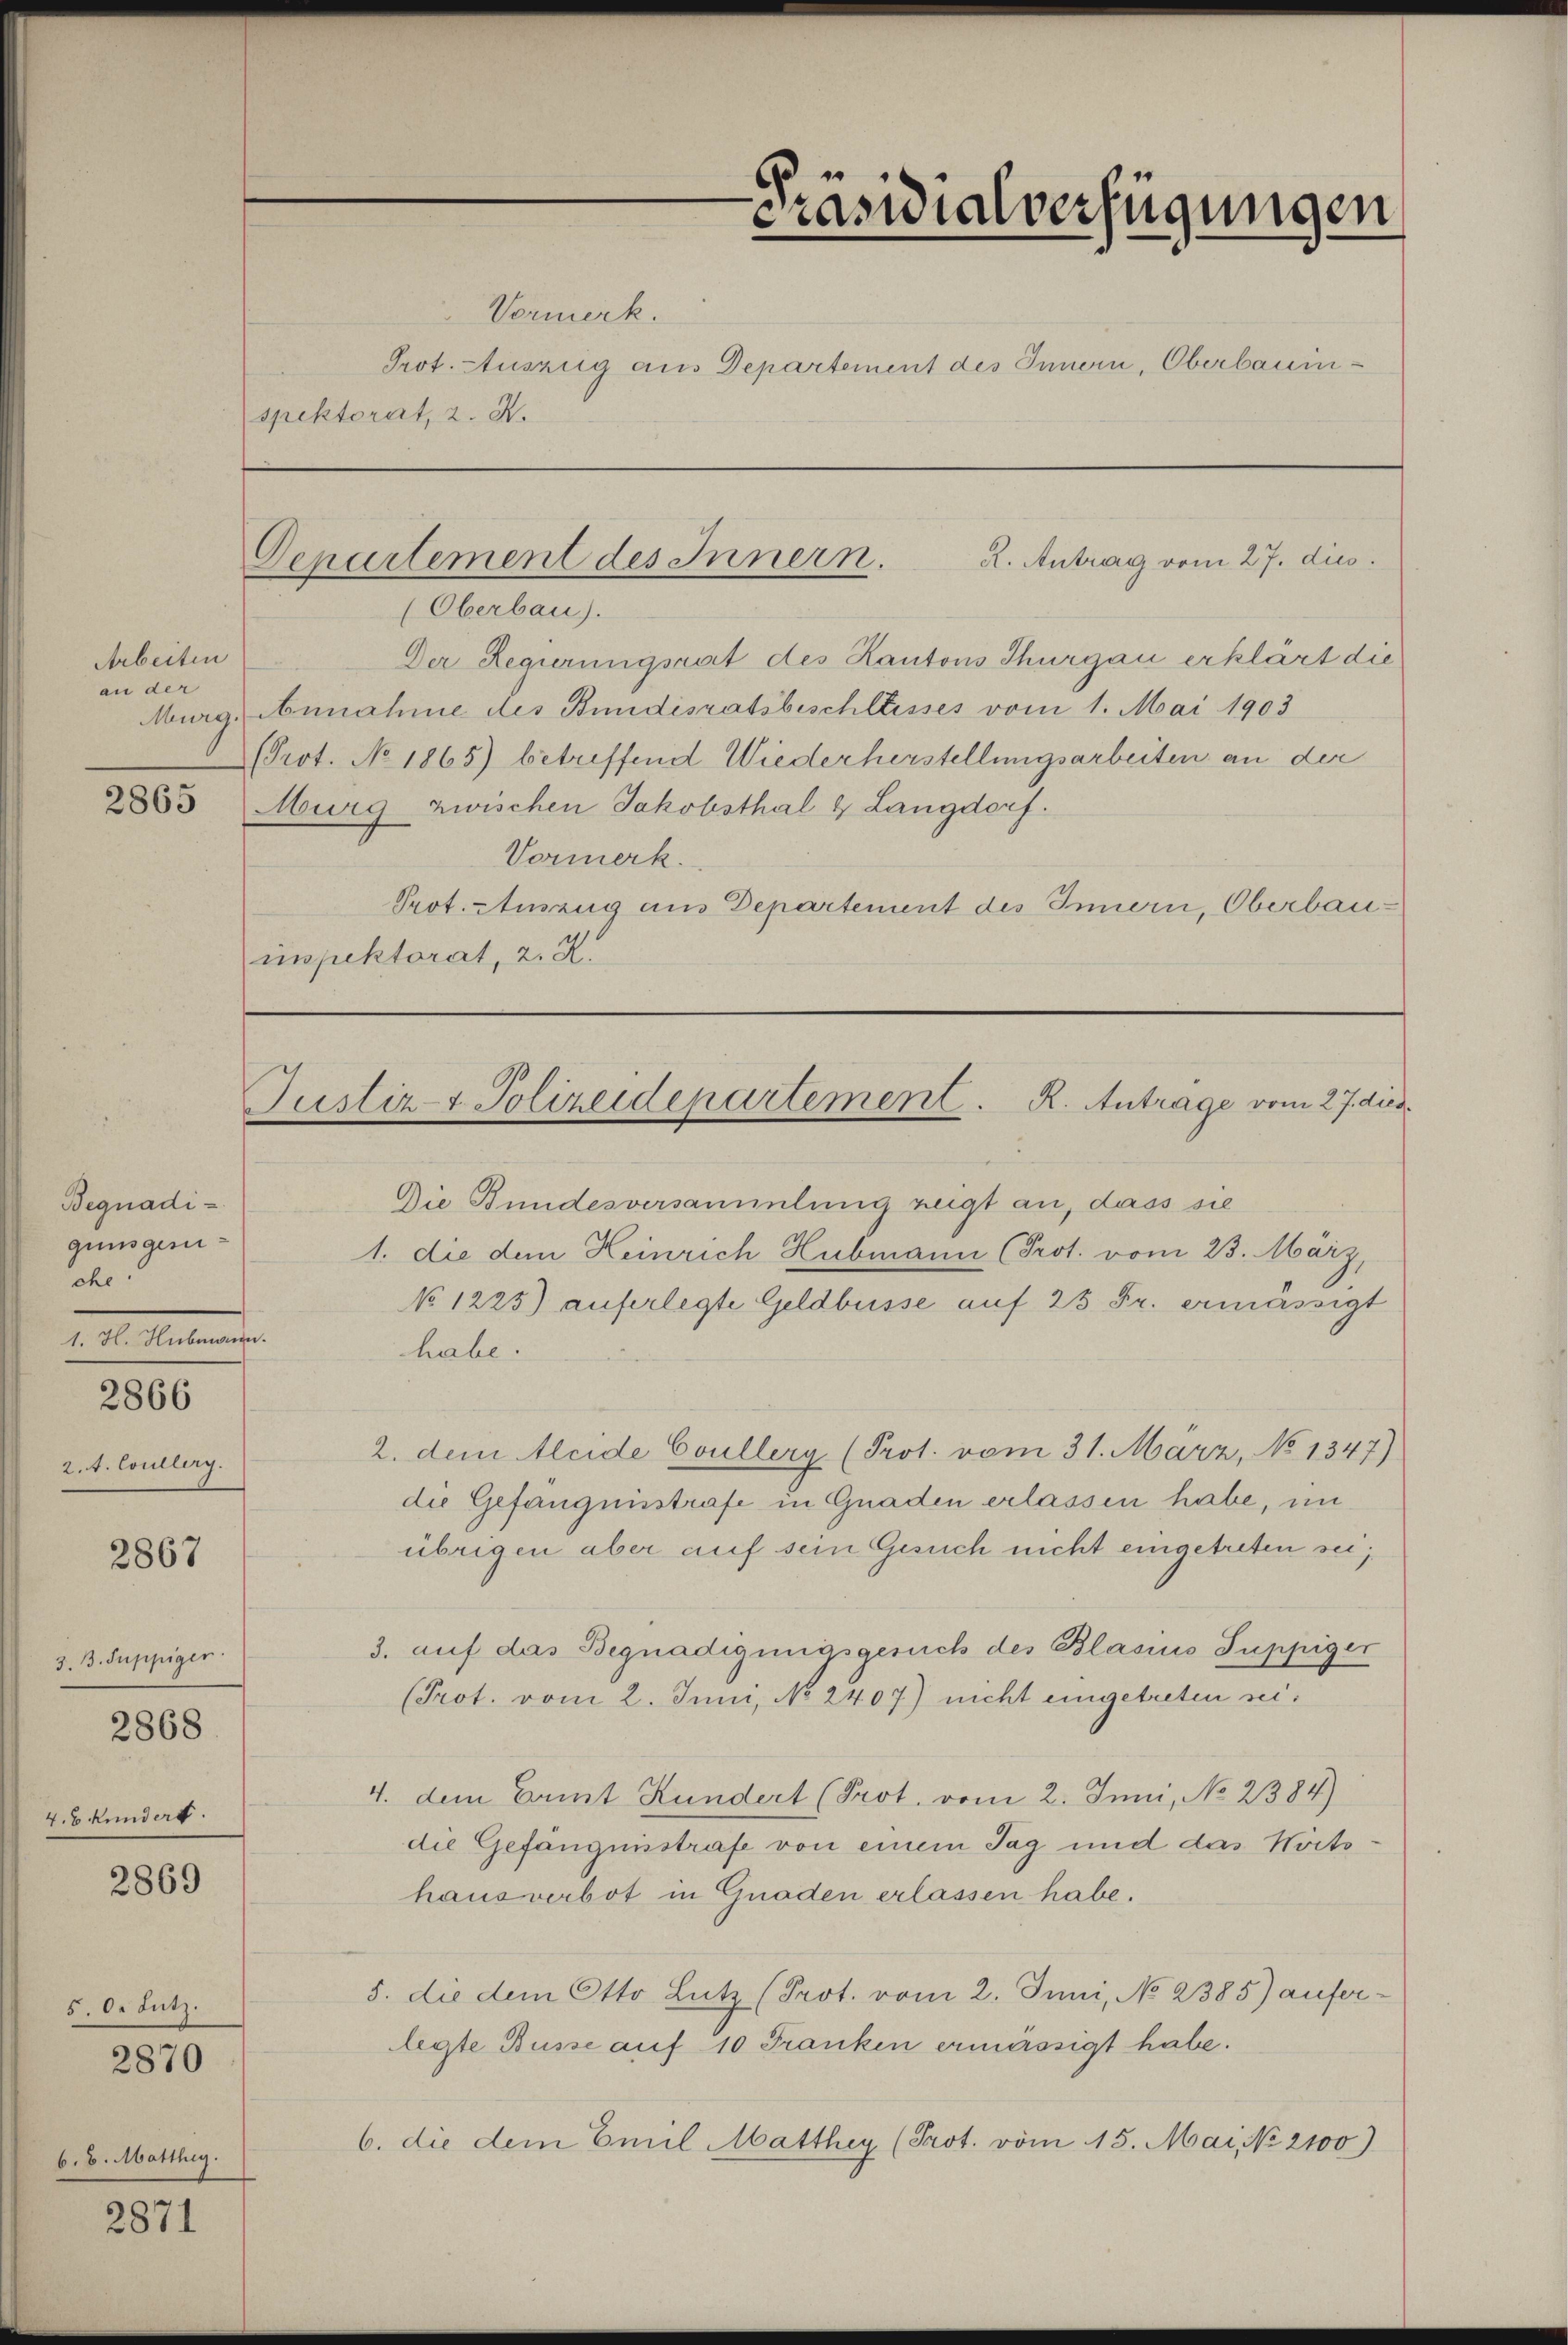
Arbeiten
an der

Begnadigunsgeri
che.
1. H. Hubmann

2866

2. A. Coullirg.

2867

3. B. Suppiger
2868

4.6 kundert.

2869

5. de Lutz.
b. 8. Matthig.

2870

2871

Vormerk.
Prot. Auszug aus Departement des Innern, Oberbauinspektorat, 2. X.

Präsidialverfügungen

Departement des Innern.
R. Antrag vom 27. dis

(Oberbau).
Der Regierungsrat des Kantons Thurgau erklärt die
Murg, Annahme des Bundesratsbeschliesses vom 1. Mai 1903
PProt. No 1865) betreffend Wiederherstellungsarbeiten an der
2853 Murg zwischen Jakobsthal & Langdorf.
Vormerk.
Prot. Einzug aus Departement des Innern, Oberbauinspektorat, 2. R.

Justiz- & Polizeidepartement. R. Antrage vom 27. dies.

Die Bundesversammlung zeigt an, dass sie
1. die dem Heinrich Hubmann (Prot. vom 23. März,
NNo. 1225) auferlegte Geldbusse auf 25 Fr. ermässigt
habe.
2. dem leide Coullerg (Prot. vom 31. März, No 1347)
die Gefängnisstrafe in Gnaden erlassen habe, un
übrigen aber auf sein Gesuch nicht eingetreten sei,
3. auf das Begnadigungsgesuch des Blasius Suppiger
(Prot. vom 2. Juni, No 2407) nicht eingetreten sei.
4. dem Ent Kundert (Prot. vom 2. Juni, No 2384)
die Gefängnisstrafe von einem Tag und das Wortshausverbot in Gnaden erlassen habe.
5. die dem Otto Lutz (Prot. vom 2. Juni, No 2385) auferlegte Busse auf 10 Franken ermässigt habe.
6. die dem Emil Matthey (Prot. vom 15. Mai, No 2100)